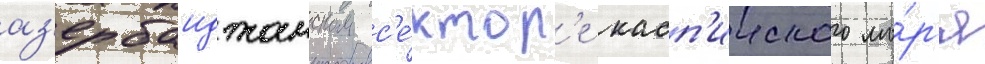
аз'ербаиджанском с'е́ктор'е касп'ииского мо́р'я